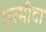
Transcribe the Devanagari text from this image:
एरमीदा